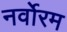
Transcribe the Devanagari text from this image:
नर्वोरम